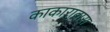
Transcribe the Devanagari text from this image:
काकारावास